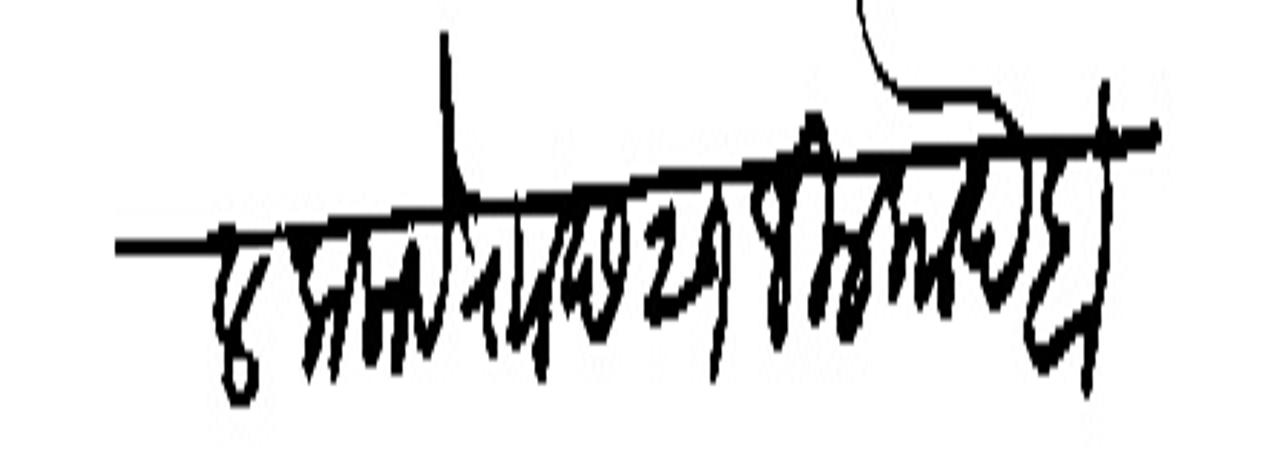
Transliteration (Devanagari): होईल कलावे रााा छ २१ जिल्काद बहुत